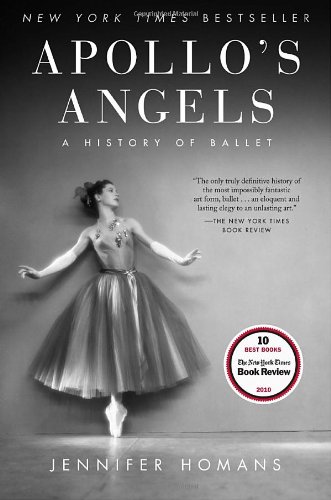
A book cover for Apollo's Angels: A History of Ballet; Jennifer Homans; Humor & Entertainment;